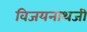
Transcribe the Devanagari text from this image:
विजयनाथजी